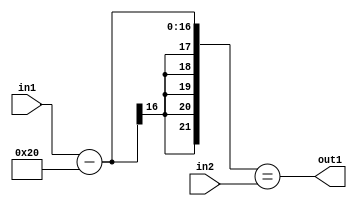
`timescale 1ps / 1ps
/*****************************************************************************
    Verilog RTL Description
    
    
    Created by: Stratus DpOpt 2019.1.01 
*******************************************************************************/

module st_weight_addr_gen_EqSubi32u16u16_4 (
	in2,
	in1,
	out1
	); /* architecture "behavioural" */ 
input [15:0] in2,
	in1;
output  out1;
wire  asc001;
wire [16:0] asc003;

assign asc003 = 
	+(in1)
	-(17'B00000000000100000);

assign asc001 = ({{5{asc003[16]}}, asc003}==in2);

assign out1 = asc001;
endmodule

/* CADENCE  uLDwQgE= : u9/ySgnWtBlWxVPRXgAZ4Og= ** DO NOT EDIT THIS LINE ******/